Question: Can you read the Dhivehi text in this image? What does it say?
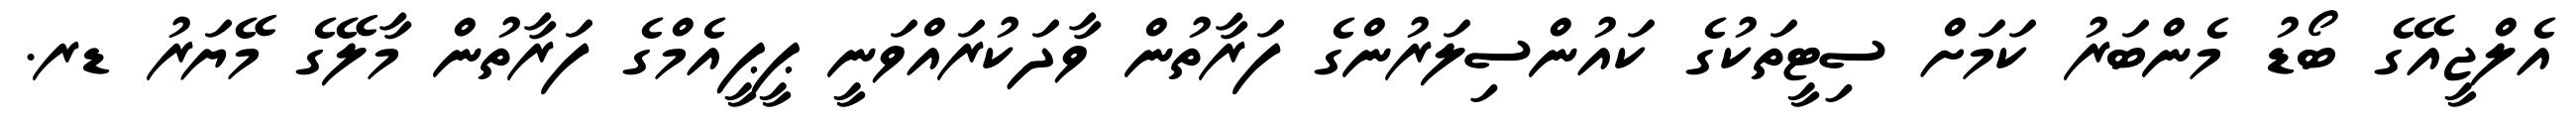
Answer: އެލްޖީއޭގެ ބޯޑު މެންބަރު ކަމަށް ސިޓީތަކުގެ ކައުންސިލަރުންގެ ފަރާތުން ވާދަކުރައްވަނީ ޕީޕީއެމްގެ ފަރާތުން މާލޭގެ މޭޔަރު ޑރ.